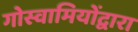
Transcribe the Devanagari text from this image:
गोस्वामियोंद्वारा